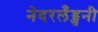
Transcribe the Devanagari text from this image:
नेदरलँड्सनी